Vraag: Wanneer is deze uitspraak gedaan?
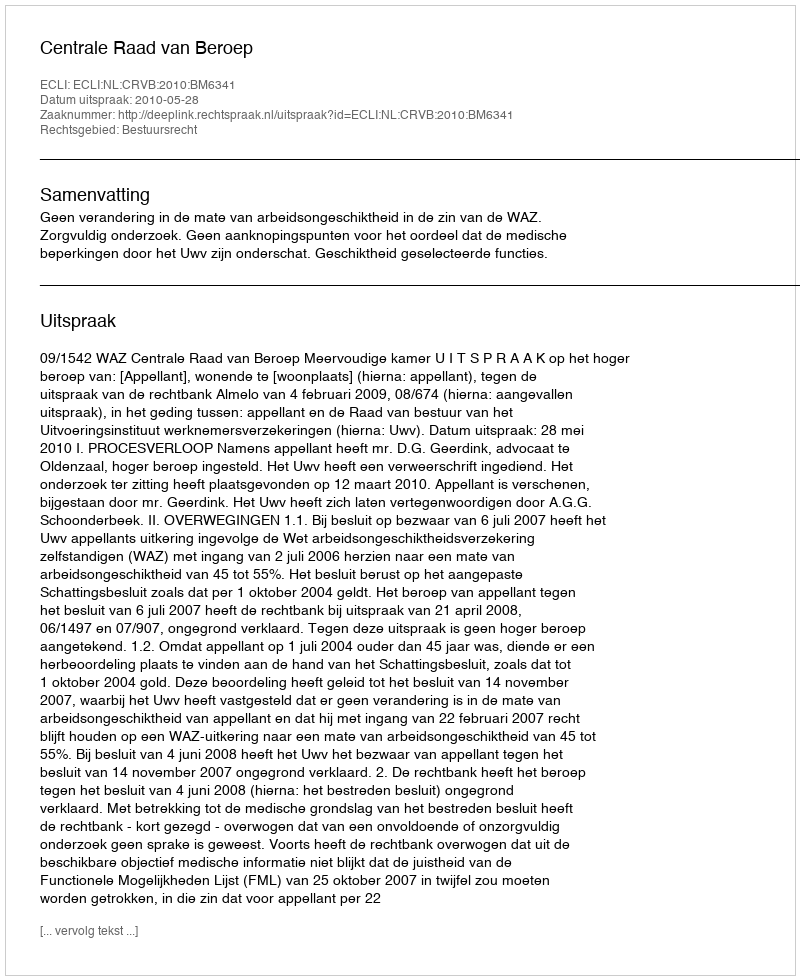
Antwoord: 2010-05-28